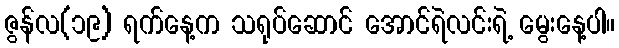
ဇွန်လ(၁၉) ရက်နေ့က သရုပ်ဆောင် အောင်ရဲလင်းရဲ့ မွေးနေ့ပါ။